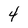
Character: 4